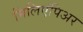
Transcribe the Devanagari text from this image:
मिलिएंपिअर